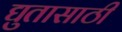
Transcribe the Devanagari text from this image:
द्युतासाठी